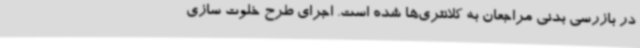
در بازرسی بدنی مراجعان به کلانتری‌ها شده است. اجرای طرح خلوت سازی